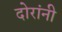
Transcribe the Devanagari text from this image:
दोरांनी